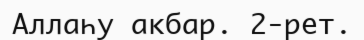
Аллаһу акбар. 2-рет.